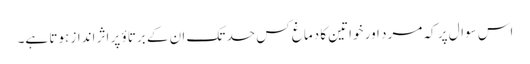
اس سوال پر کہ مرد اور خواتین کا دماغ کس حد تک ان کے برتاؤ پر اثر انداز ہوتا ہے۔